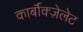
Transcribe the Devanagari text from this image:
कार्बॉक्ज़ेलेट